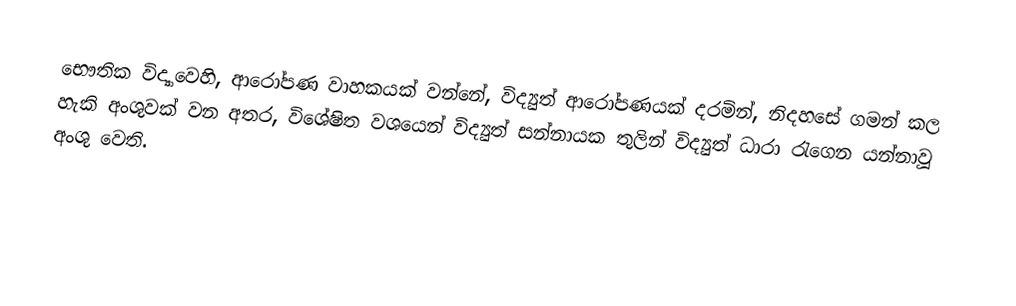
භෞතික විද්‍යාවෙහි, ආරෝපණ වාහකයක් වන්නේ, විද්‍යුත් ආරෝපණයක් දරමින්, නිදහසේ ගමන් කල හැකි අංශුවක් වන අතර, විශේෂිත වශයෙන් විද්‍යුත් සන්නායක තුලින් විද්‍යුත් ධාරා රැගෙන යන්නාවූ අංශු වෙති.